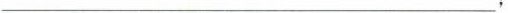
___；